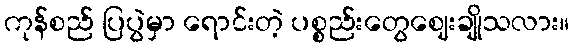
ကုန်စည် ပြပွဲမှာ ရောင်းတဲ့ ပစ္စည်းတွေဈေးချိုသလား။